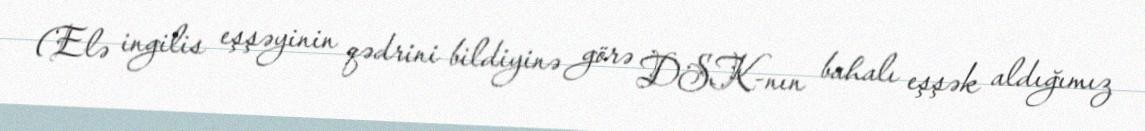
(Elə ingilis eşşəyinin qədrini bildiyinə görə DSK-nın bahalı eşşək aldığımız